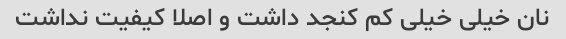
نان خیلی خیلی کم کنجد داشت و اصلا کیفیت نداشت